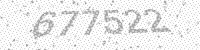
Solution: 677522